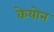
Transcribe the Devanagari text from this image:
केयोन